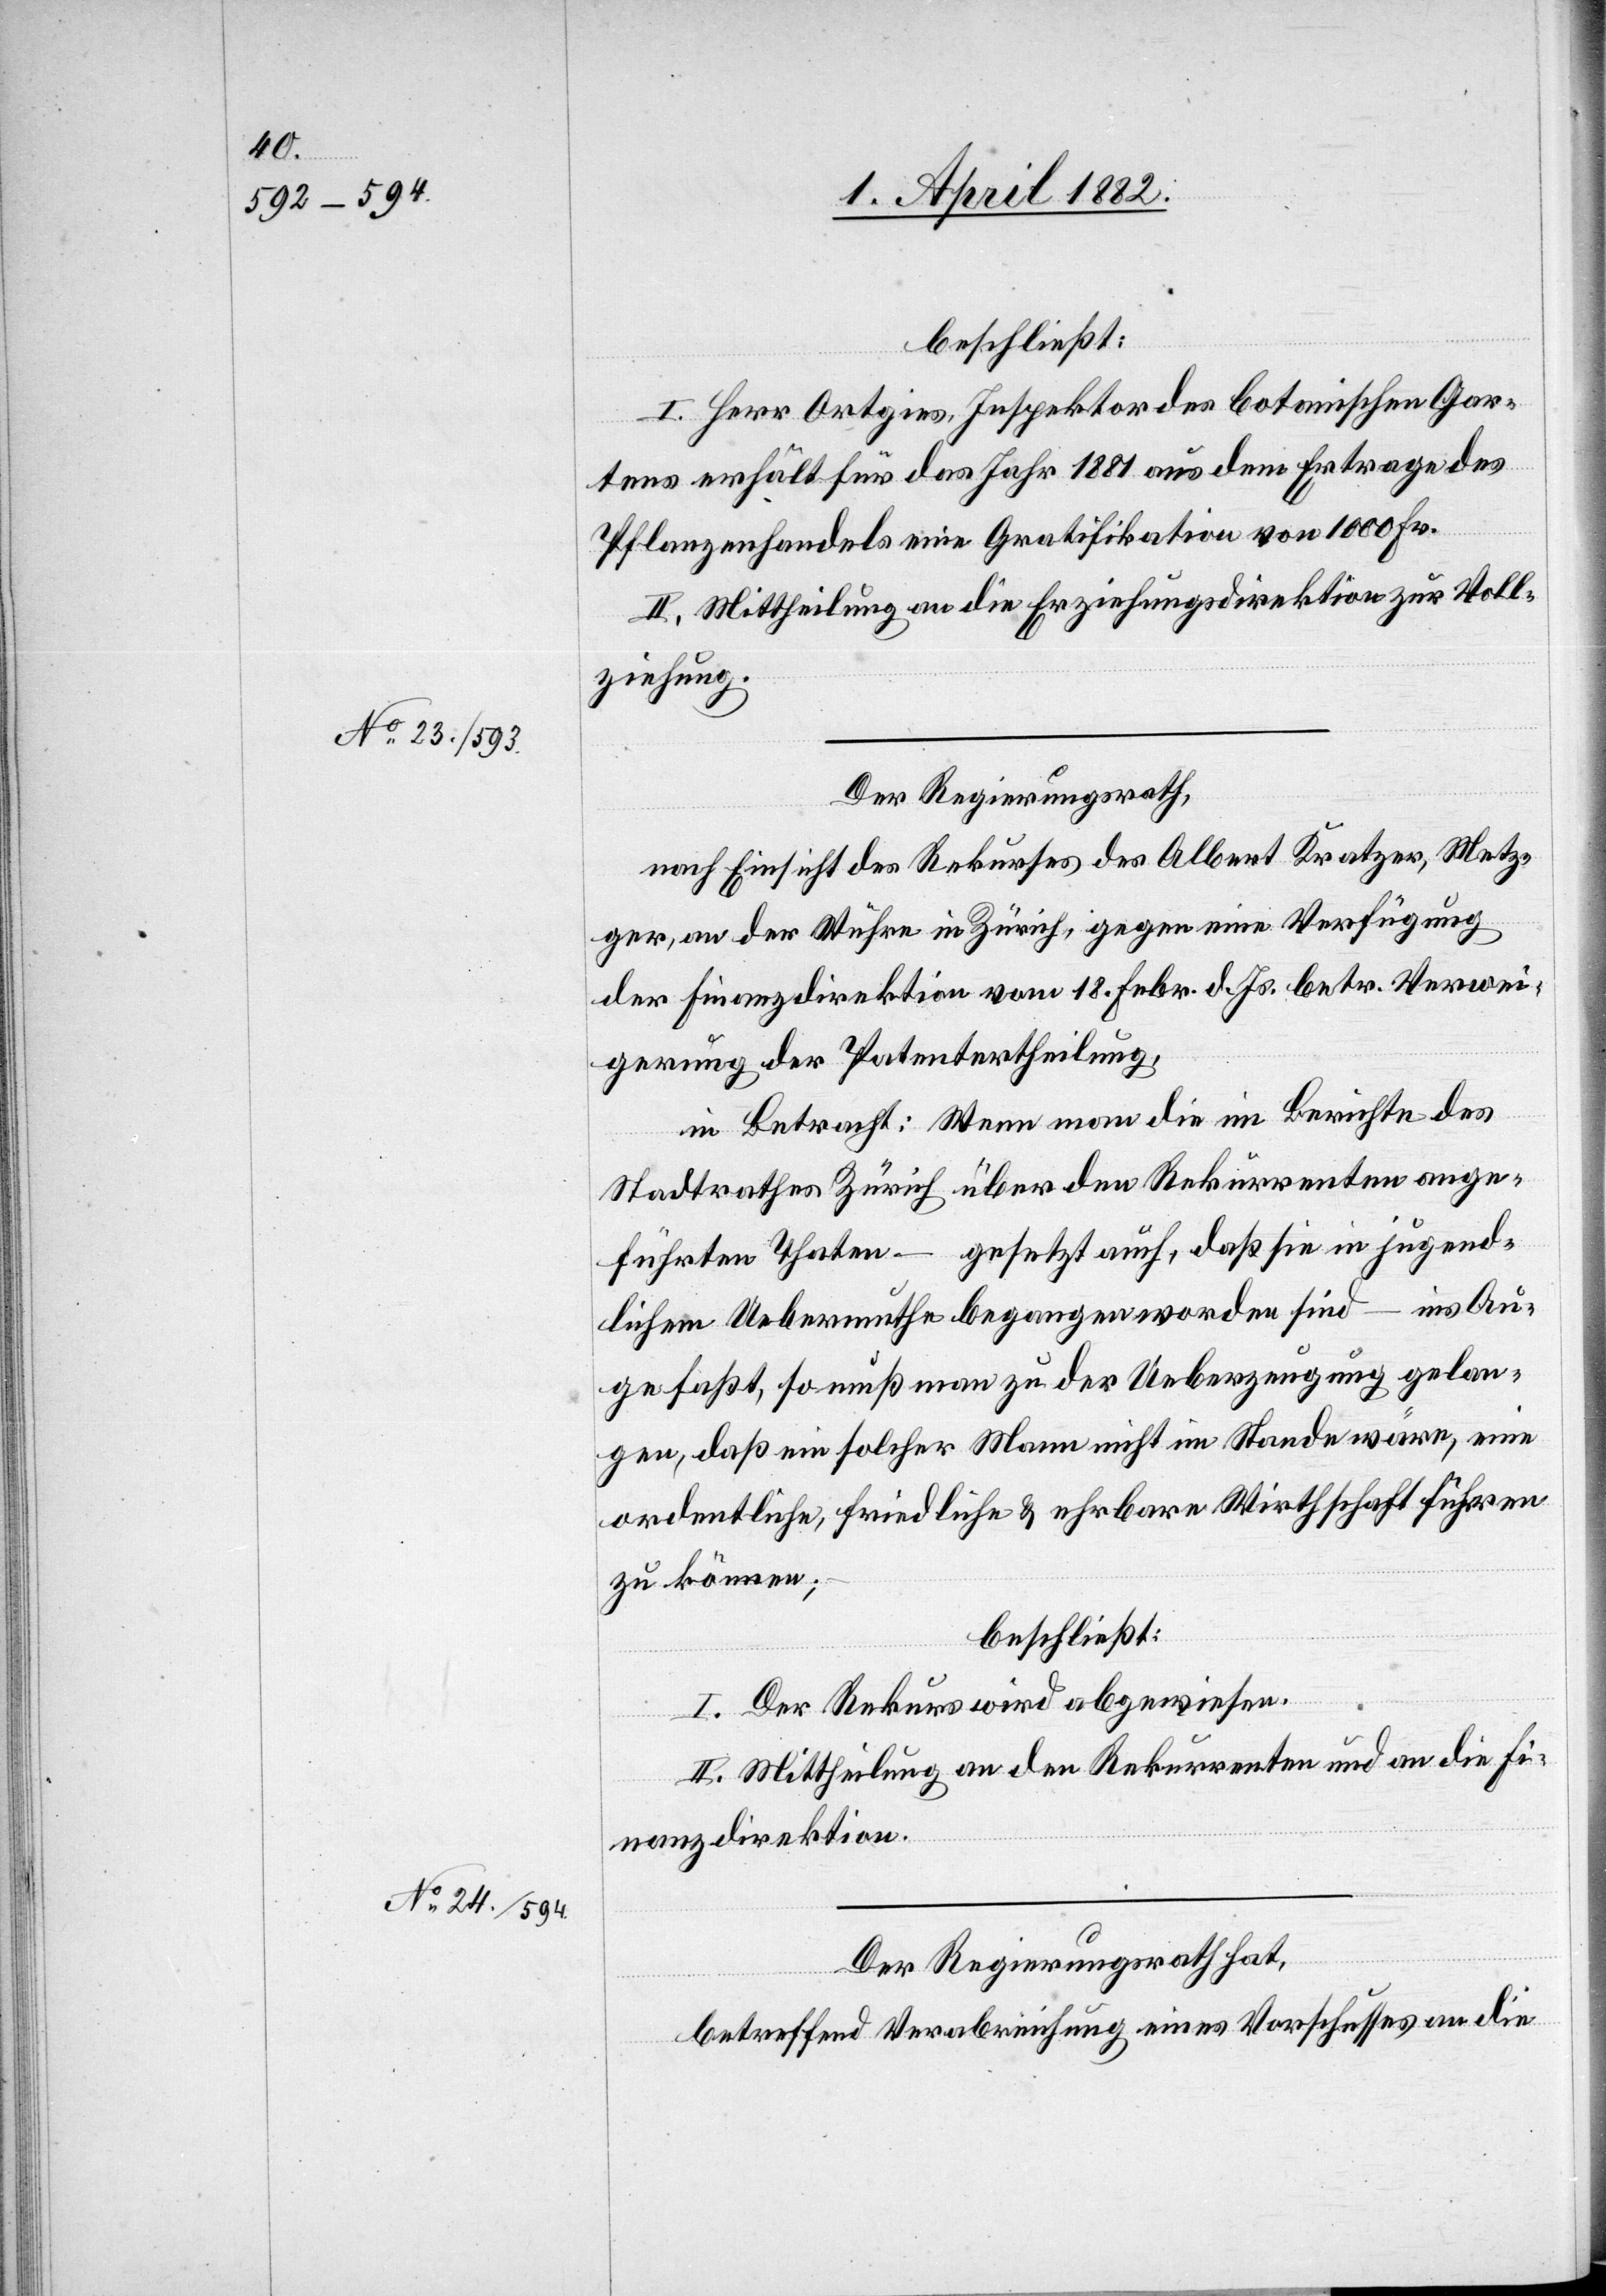
beschließt:
I. Herr Ortgies, Inspektor des botanischen Gar¬
tens erhält für das Jahr 1881 aus dem Ertrage des
Pflanzenhandels eine Gratifikation von 1000 Fr.
II. Mittheilung an die Erziehungsdirektion zur Voll¬
ziehung.
Der Regierungsrath,
nach Einsicht des Rekurses des Albert Kratzer, Metz¬
ger, an der Wühre in Zürich, gegen eine Verfügung
der Finanzdirektion vom 18. Febr. d. Js. betr. Verwei¬
gerung der Patentertheilung,
in Betracht: Wenn man die im Berichte des
Stadtrathes Zürich über den Rekurrenten ange¬
führten Thaten – gesetzt auch, daß sie in jugend¬
lichem Uebermuthe begangen worden sind – ins Au¬
ge faßt, so muß man zu der Ueberzeugung gelan¬
gen, daß ein solcher Mann nicht im Stande wäre, eine
ordentliche, friedliche & ehrbare Wirthschaft führen
zu können;
beschließt:
I. Der Rekurs wird abgewiesen.
II. Mittheilung an den Rekurrenten und an die Fi¬
nanzdirektion.
Der Regierungsrath hat,
betreffend Verabreichung eines Vorschusses an die